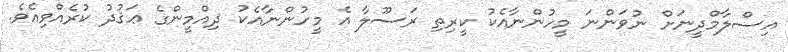
އިސްލާމްދީނަށް ނުވަންނަ މީހުންނާއެކު ކީރިތި ރަސޫލާ އެ މީހުންނާއެކު ޛިއްމީންގެ ޢަޤުދު ކުރެއްވިއެވެ.